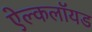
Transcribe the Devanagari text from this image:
ऐल्कलॉयड